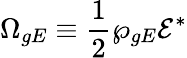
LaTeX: \Omega_{gE}\equiv\frac{1}{2}\wp_{gE}\mathcal{E}^{*}